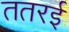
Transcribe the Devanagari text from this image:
ततरई